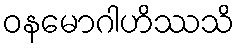
ဝနမောဂါဟိဿသိ